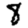
Digit: 8